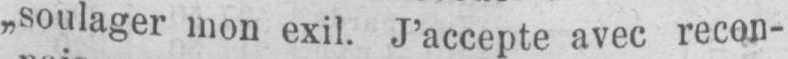
„soulager mon exil. J’accepte avec recon-